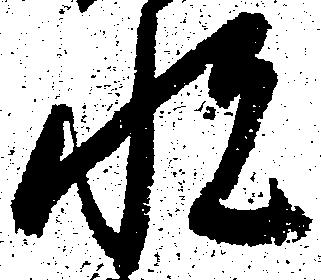
悦